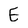
Character: E